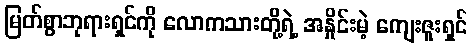
မြတ်စွာဘုရားရှင်ကို လောကသားတို့ရဲ့ အနှိုင်းမဲ့ ကျေးဇူးရှင်